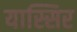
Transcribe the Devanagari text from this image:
यास्सिर